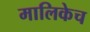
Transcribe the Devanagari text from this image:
मालिकेच